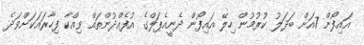
އައިފޯން 7އަށް ބަދަލު ކުރުމުން ހިލޭ އައިފޯން ދެނީއެޕަލްގެ އުފެއްދުންތައް ވިއްކާ ފިހާރައަކަށްވަދެ